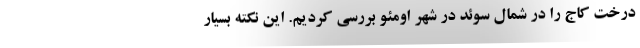
درخت کاج را در شمال سوئد در شهر اومئو بررسی کردیم. این نکته بسیار